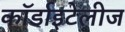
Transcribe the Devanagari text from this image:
कॉर्डाइटेलीज